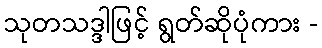
သုတသဒ္ဒါဖြင့် ရွတ်ဆိုပုံကား -